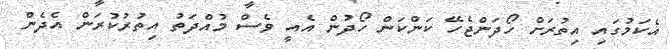
އެކަމުގައި އިތުރަށް ހޯދަންޖެހޭ ކަންކަން ހޯދުން އެއީ ވެސް މުއްދަތު އިތުރުކުރަން އެދެން